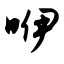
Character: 咿